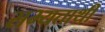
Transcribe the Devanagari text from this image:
सभ्यताथी